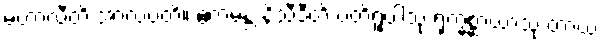
မဟာလီတိ အာလပတိ။ ဧကမန္တံ နိသီဒီတိ ပတိရူပါသု ရုက္ခစ္ဆာယာသု တာယ